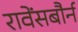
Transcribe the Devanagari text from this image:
रावेंसबौर्न